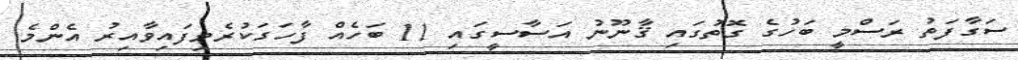
ސަގާފަތު ރަސްމީ ބަހުގެ ގޮތުގައި ޤާނޫނު އަސާސީގައި 11 ބަހެއް ފާހަގަކުރެވިފައިވާއިރު އެންމެ